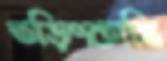
তড়িৎকান্তি